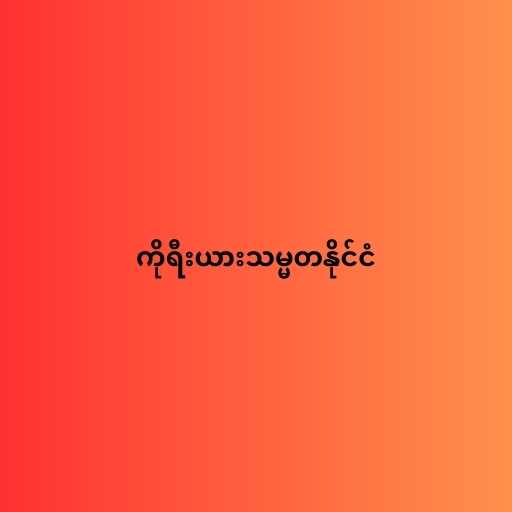
ကိုရီးယားသမ္မတနိုင်ငံ